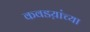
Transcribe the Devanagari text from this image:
कवडय़ांच्या